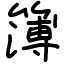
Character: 簿